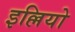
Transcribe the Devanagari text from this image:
इल्लियो